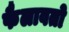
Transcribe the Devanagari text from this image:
फैलावतो